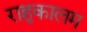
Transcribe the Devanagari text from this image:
राहुकालम